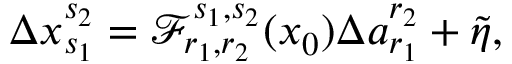
\begin{array} { r } { \Delta x _ { s _ { 1 } } ^ { s _ { 2 } } = \mathcal { F } _ { r _ { 1 } , r _ { 2 } } ^ { s _ { 1 } , s _ { 2 } } ( x _ { 0 } ) \Delta a _ { r _ { 1 } } ^ { r _ { 2 } } + \tilde { \eta } , } \end{array}